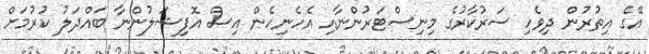
އޭގެ އިތުރުން ދިވެހި ސަރުކާރުގެ މިނިސްޓަރުންނާއި އެހެނިހެން އިސް އޮފިޝަލުންނާ ބައްދަލު ކުރުމަށް